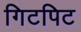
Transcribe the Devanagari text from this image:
गिटपिट